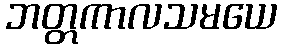
ဘတ္တကာလသမယေ